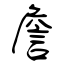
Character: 詹